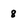
Character: 8